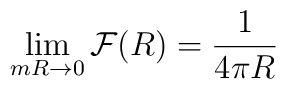
\lim_{mR\rightarrow 0} {\cal F}(R) = \frac{1}{4\pi R}